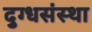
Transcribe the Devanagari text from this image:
दुग्धसंस्था